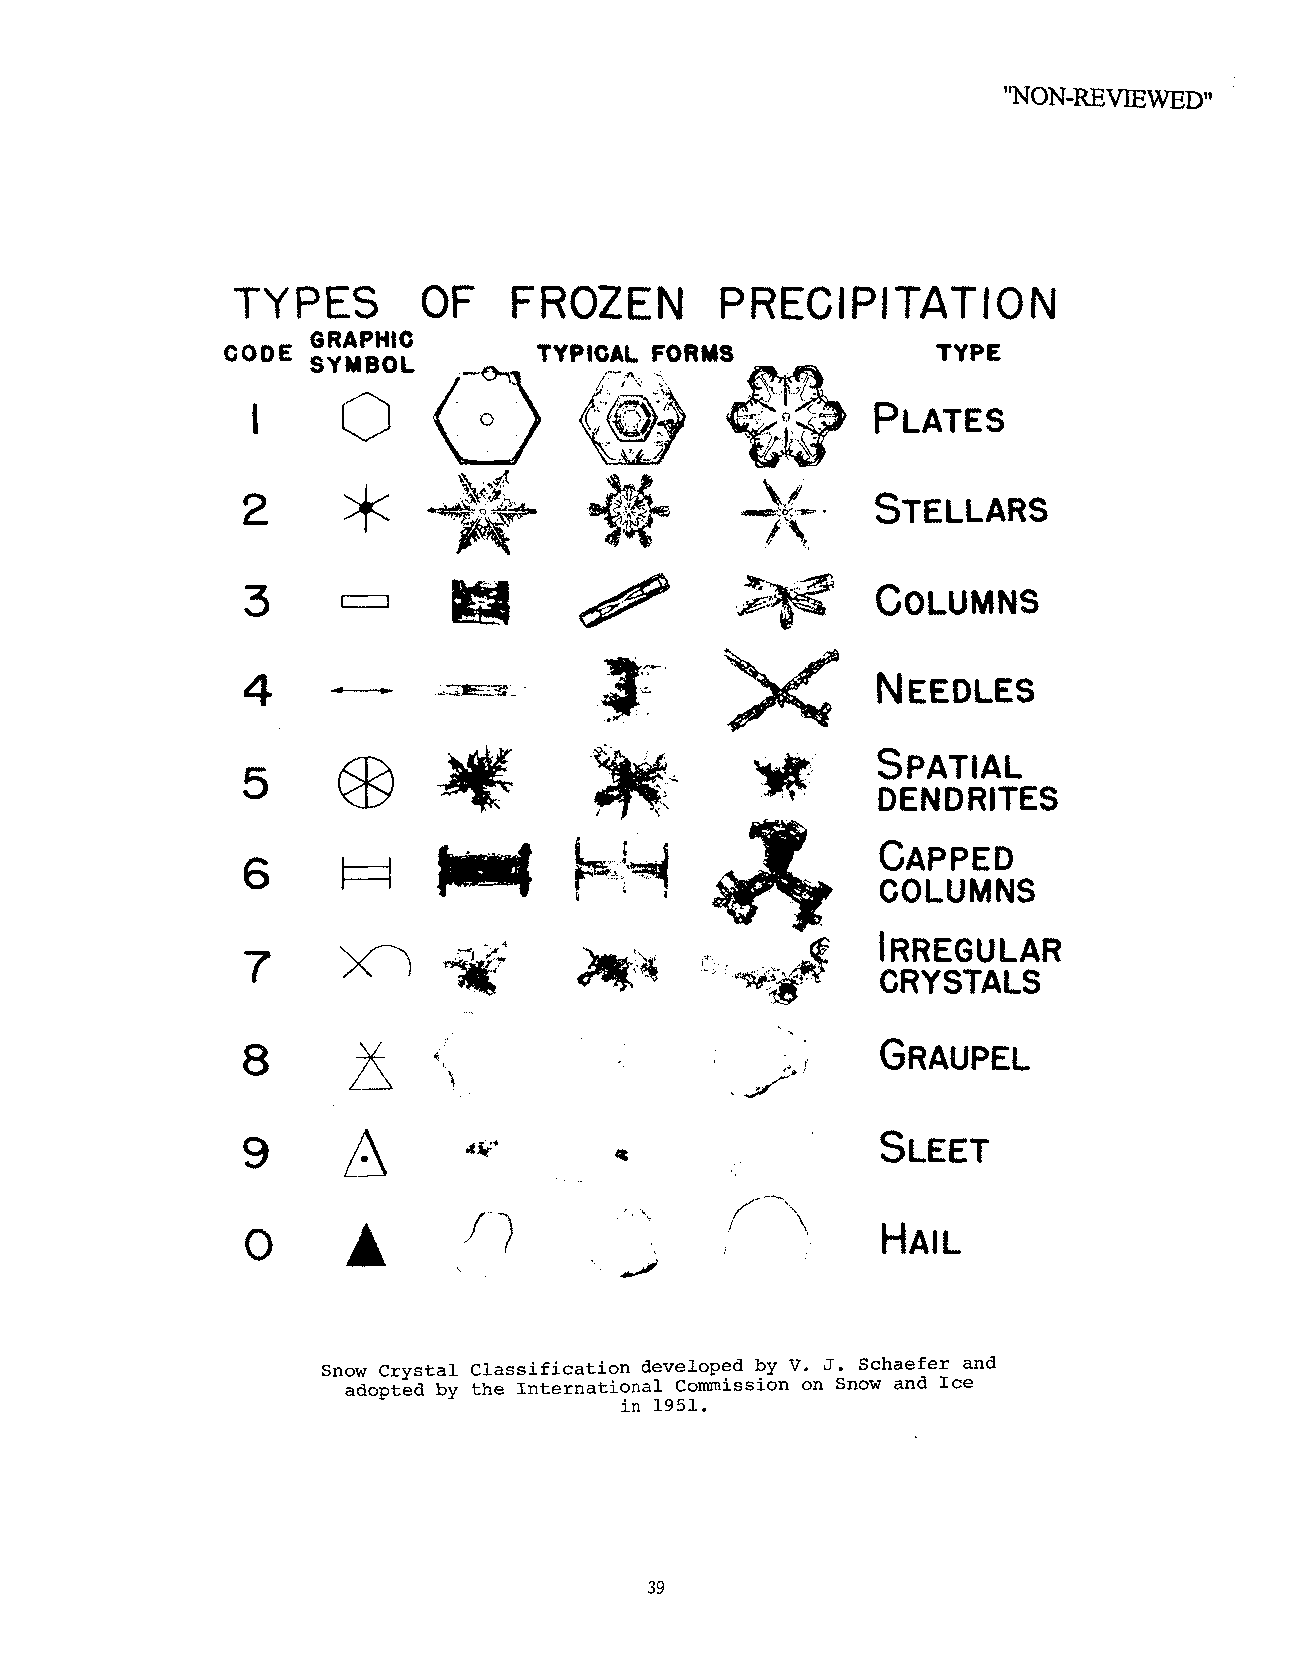
’~NON-REVIEWED"
 TYPES        OF   FROZEN       PRECIPITATION
 GRAPHIC
 CODE                TYPIGAL  FORMS             TYPE
 SYMBOL
 PLATES
 STELLARS
 .~;~,    COLUMNS
 .  ~?    ~;I~     NEEDLES
 "              DENDRITES
 ~L,~¯. -:"..
 ~. ...~. ~,         COLUMNS
 ~..     CAPPED
 ~~
 ~~                  O~YSTALS
 ~~~....~   IRREGULAR
 GRAUPEL
 o     A
 Snow Crystal Classification developed by V. J. Schaefer and
 adopted by the International Commission on Snow and Ice
 in 1951.
 39